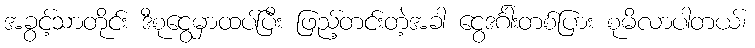
အခွင့်သာတိုင်း ဒီစုငွေမှာထပ်ပြီး ဖြည့်တင်းတဲ့အခါ ငွေဒင်္ဂါးတစ်ပြား စုမိလာပါတယ်၊